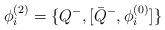
LaTeX: \begin{align*}\phi_{i}^{(2)} = \{ Q^- , [ {\bar Q}^- , \phi_{i}^{(0)} ] \}\end{align*}